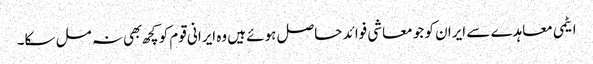
ایٹمی معاہدے سے ایران کو جو معاشی فوائد حاصل ہوئے ہیں وه ایرانی قوم کو کچھ بهی نہ مل سکا۔